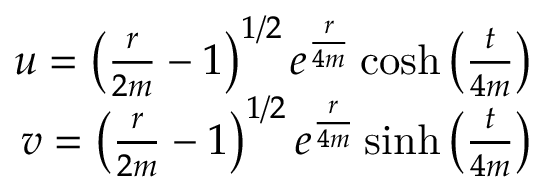
\begin{array} { r } { u = \left( \frac { r } { 2 m } - 1 \right) ^ { 1 / 2 } e ^ { \frac { r } { 4 m } } \cosh \left( \frac { t } { 4 m } \right) } \\ { v = \left( \frac { r } { 2 m } - 1 \right) ^ { 1 / 2 } e ^ { \frac { r } { 4 m } } \sinh \left( \frac { t } { 4 m } \right) } \end{array}